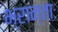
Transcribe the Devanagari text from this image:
भ्रान्ताः